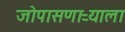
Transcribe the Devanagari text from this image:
जोपासणाऱ्याला